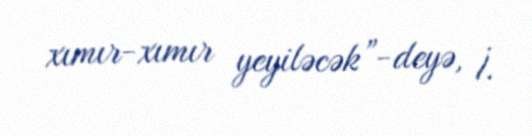
xımır-xımır yeyiləcək”-deyə, İ.